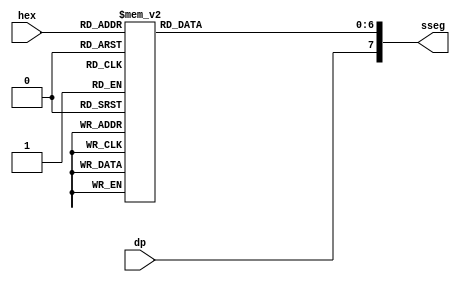
module hex_to_sseg
(
	input [3:0] hex,
	input dp,
	output reg [7:0] sseg);


always @(*)
begin
	case (hex)
		4'h0: sseg [6:0] = 7'b0000001;
		4'h1: sseg[6:0] = 7'b1001111;
		4'h2: sseg [6:0] = 7'b0010010;
		4'h3: sseg [6:0] = 7'b0000110;
		4'h4: sseg[6:0] = 7'b1001100;
		4'h5: sseg [6:0] = 7'b0100100;
		4'h6: sseg [6:0] = 7'b0100000;
		4'h7: sseg[6:0] = 7'b0001111;
		4'h8 : sseg[6:0] = 7'b0000000;
		4'h9 : sseg [6:0] = 7'b0000100;
		4'ha: sseg [6:0] = 7'b0001000;
		4'hb: sseg [6:0] = 7'b1100000;
		4'hc: sseg[6:0] = 7'b0110001;
		4'hd: sseg [6:0] = 7'b1000010;
		4'he: sseg [6:0] = 7'b0110000;
		default: sseg [6:0] = 7'b0111000; //4 'hf
	endcase
	sseg [7] = dp;
end
endmodule